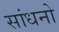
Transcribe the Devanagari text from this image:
सांधनो